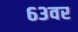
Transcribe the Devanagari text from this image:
६३वर